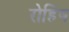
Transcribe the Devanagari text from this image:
रोहिष